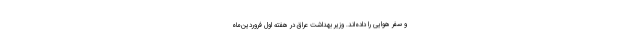
و سفر هوایی را داده‌اند. وزیر بهداشت عراق در هفته اول فروردین‌ماه